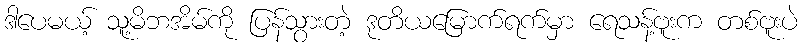
ဒါပေမယ့် သူ့မိဘအိမ်ကို ပြန်သွားတဲ့ ဒုတိယမြောက်ရက်မှာ ရေသန့်ဗူးက တစ်ဗူးပဲ